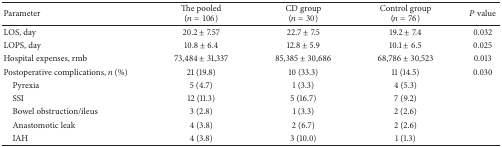
<table><thead><tr><td><b>Parameter</b></td><td><b>The pooled(<i>n</i> = 106)</b></td><td><b>CD group(<i>n</i> = 30)</b></td><td><b>Control group(<i>n</i> = 76)</b></td><td><b><i>P</i> value</b></td></tr></thead><tbody><tr><td>LOS, day</td><td>20.2 ± 7.57</td><td>22.7 ± 7.5</td><td>19.2 ± 7.4</td><td>0.032</td></tr><tr><td>LOPS, day</td><td>10.8 ± 6.4</td><td>12.8 ± 5.9</td><td>10.1 ± 6.5</td><td>0.025</td></tr><tr><td>Hospital expenses, rmb</td><td>73,484 ± 31,337</td><td>85,385 ± 30,686</td><td>68,786 ± 30,523</td><td>0.013</td></tr><tr><td>Postoperative complications, <i>n</i> (%)</td><td>21 (19.8)</td><td>10 (33.3)</td><td>11 (14.5)</td><td>0.030</td></tr><tr><td> Pyrexia</td><td>5 (4.7)</td><td>1 (3.3)</td><td>4 (5.3)</td><td> </td></tr><tr><td> SSI</td><td>12 (11.3)</td><td>5 (16.7)</td><td>7 (9.2)</td><td> </td></tr><tr><td> Bowel obstruction/ileus</td><td>3 (2.8)</td><td>1 (3.3)</td><td>2 (2.6)</td><td> </td></tr><tr><td> Anastomotic leak</td><td>4 (3.8)</td><td>2 (6.7)</td><td>2 (2.6)</td><td> </td></tr><tr><td> IAH</td><td>4 (3.8)</td><td>3 (10.0)</td><td>1 (1.3)</td><td> </td></tr></tbody></table>